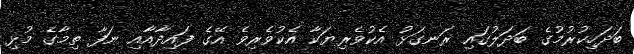
ބަދަހިކުރުމުގެ ބަދަލުގައި ރަނގަޅު އެކުވެރިޔަކާ އެކުވެރިވެ އޭގެ ފައިދާއާއި ނަފާ ތިމާގެ މުޅި